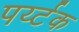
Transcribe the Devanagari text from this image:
पर्य्टक